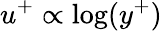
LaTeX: u^{+}\propto\log(y^{+})